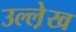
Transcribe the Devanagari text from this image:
उल्ले़ख